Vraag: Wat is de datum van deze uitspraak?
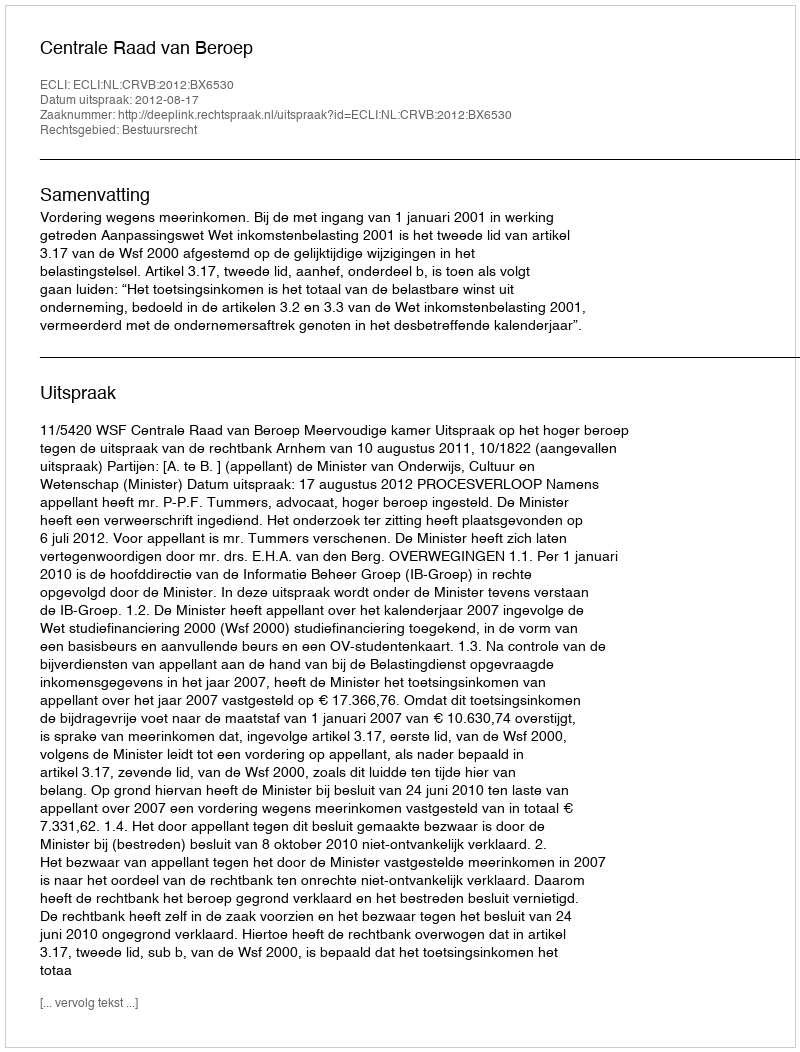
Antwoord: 2012-08-17